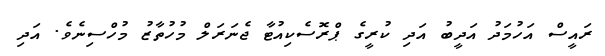
ރައީސް އަހުމަދު އަދީބު އަދި ކުރީގެ ޕްރޮސެކިއުޓާ ޖެނަރަލް މުހުތާޒު މުހްސިނެވެ. އަދި